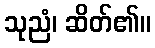
သုညံ၊ ဆိတ်၏။